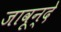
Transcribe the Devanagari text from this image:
जावून्दे